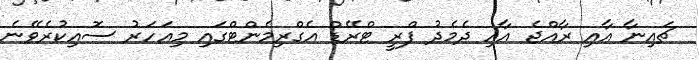
ޗައިނާ އާއި ރާއްޖެ އާއި ދެމެދު ފްރީ ޓްރޭޑް އެގްރިމެންޓްގައި މިއަހަރު ސޮއިކުރެވޭނެ